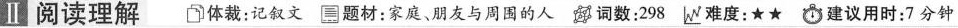
Ⅱ阅读理解 体裁:记叙文 题材:家庭、朋友与周围的人 词数:298 难度:★★ 建议用时:7分钟